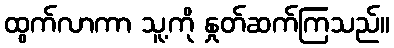
ထွက်လာကာ သူ့ကို နှုတ်ဆက်ကြသည်။